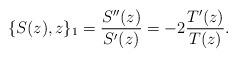
LaTeX: \begin{align*}\{S(z),z\}_1=\frac{S''(z)}{S'(z)}=-2\frac{T'(z)}{T(z)}.\end{align*}